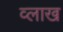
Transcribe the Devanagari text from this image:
व्लाख